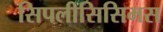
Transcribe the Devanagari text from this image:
सिपलीसिसिमस